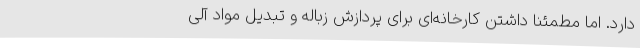
دارد. اما مطمئنا داشتن کارخانه‌ای برای پردازش زباله و تبدیل مواد آلی